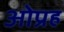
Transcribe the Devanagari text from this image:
ओप्रह